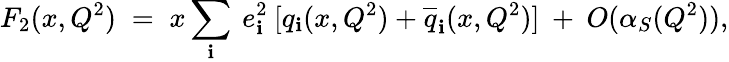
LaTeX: F_{2}(x,Q^{2})\; =\; x\sum_{\mathbf{i}}\: e_{\mathbf{i}}^{2}\: [q_{\mathbf{i}}(x,Q^{2})+\overline{{{{q}}}}_{\mathbf{i}}(x,Q^{2})]\: +\: O(\alpha_{S}(Q^{2})),